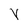
Character: V